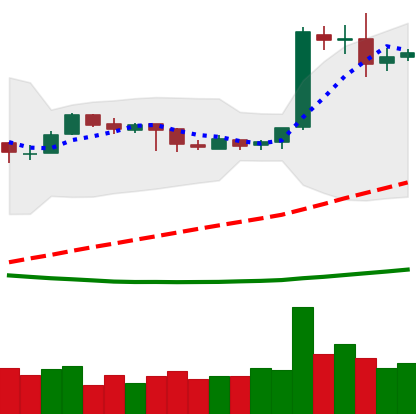
Ticker: EOS-USD
Chart end date: 2019-04-01
Forward return: 27.275%
Label: up_7plus